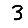
Digit: 3